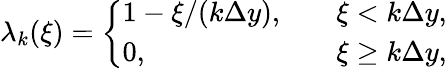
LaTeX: \lambda_{k}(\xi)=\left\{ \begin{array}{ll}{1-\xi/(k\Delta y),\quad}&{\xi<k\Delta y,}\\ {0,\quad}&{\xi\geq k\Delta y,}\end{array}\right.